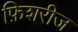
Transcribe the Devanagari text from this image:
फ़िशरीज